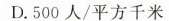
D.500人/平方千米